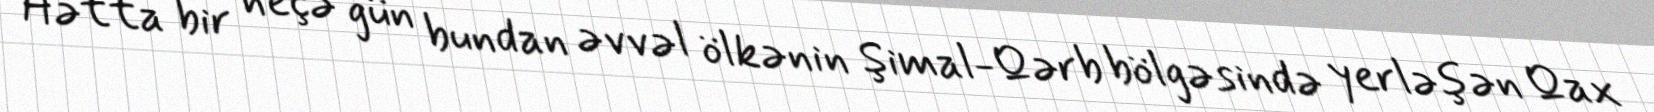
Hətta bir neçə gün bundan əvvəl ölkənin Şimal-Qərb bölgəsində yerləşən Qax